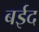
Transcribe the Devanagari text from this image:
बईद